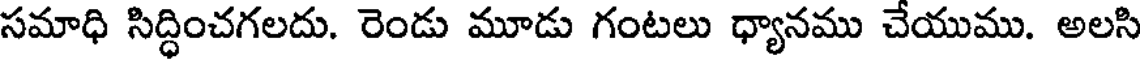
సమాధి సిద్ధించగలదు. రెండు మూడు గంటలు ధ్యానము చేయుము. అలసి